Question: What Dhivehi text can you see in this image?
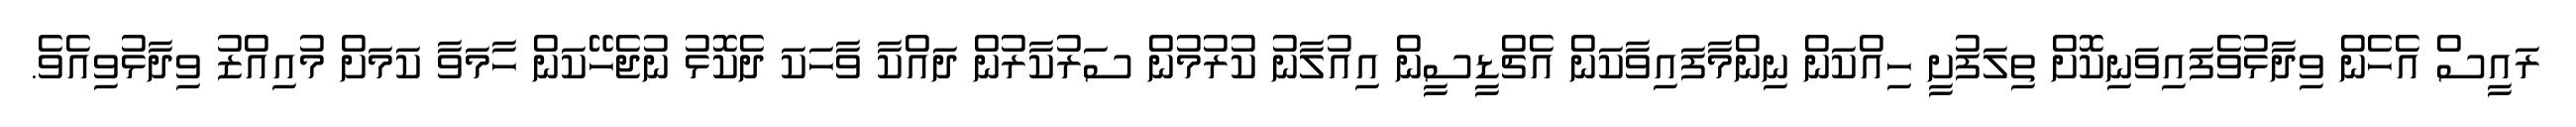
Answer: ރައީސް އެހެން ވިދާޅުވެފައިވަނިކޮށް ތިލަފުށީ ހިއްކަން ނިންމާފައިވާކަން އެޗްޑީސީން އިއުލާނު ކުރުމުން ސަރުކާރުން ދައްކާ ވާހަކަ ދެކޮޅު ނުޖެހޭކަން ހާމަވާ ކަމަށް މުއިއްޒު ވިދާޅުވިއެވެ.